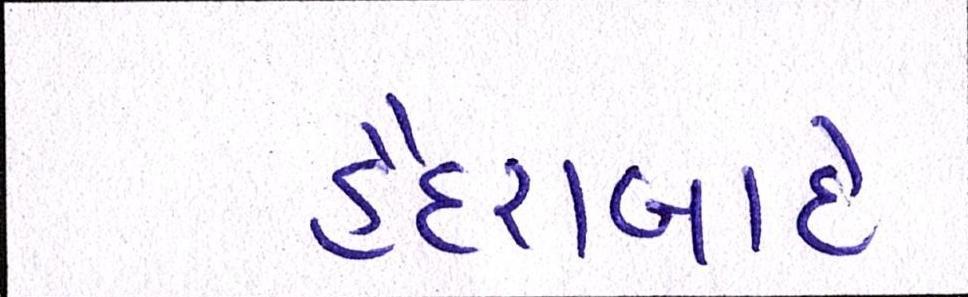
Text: હૈદરાબાદે